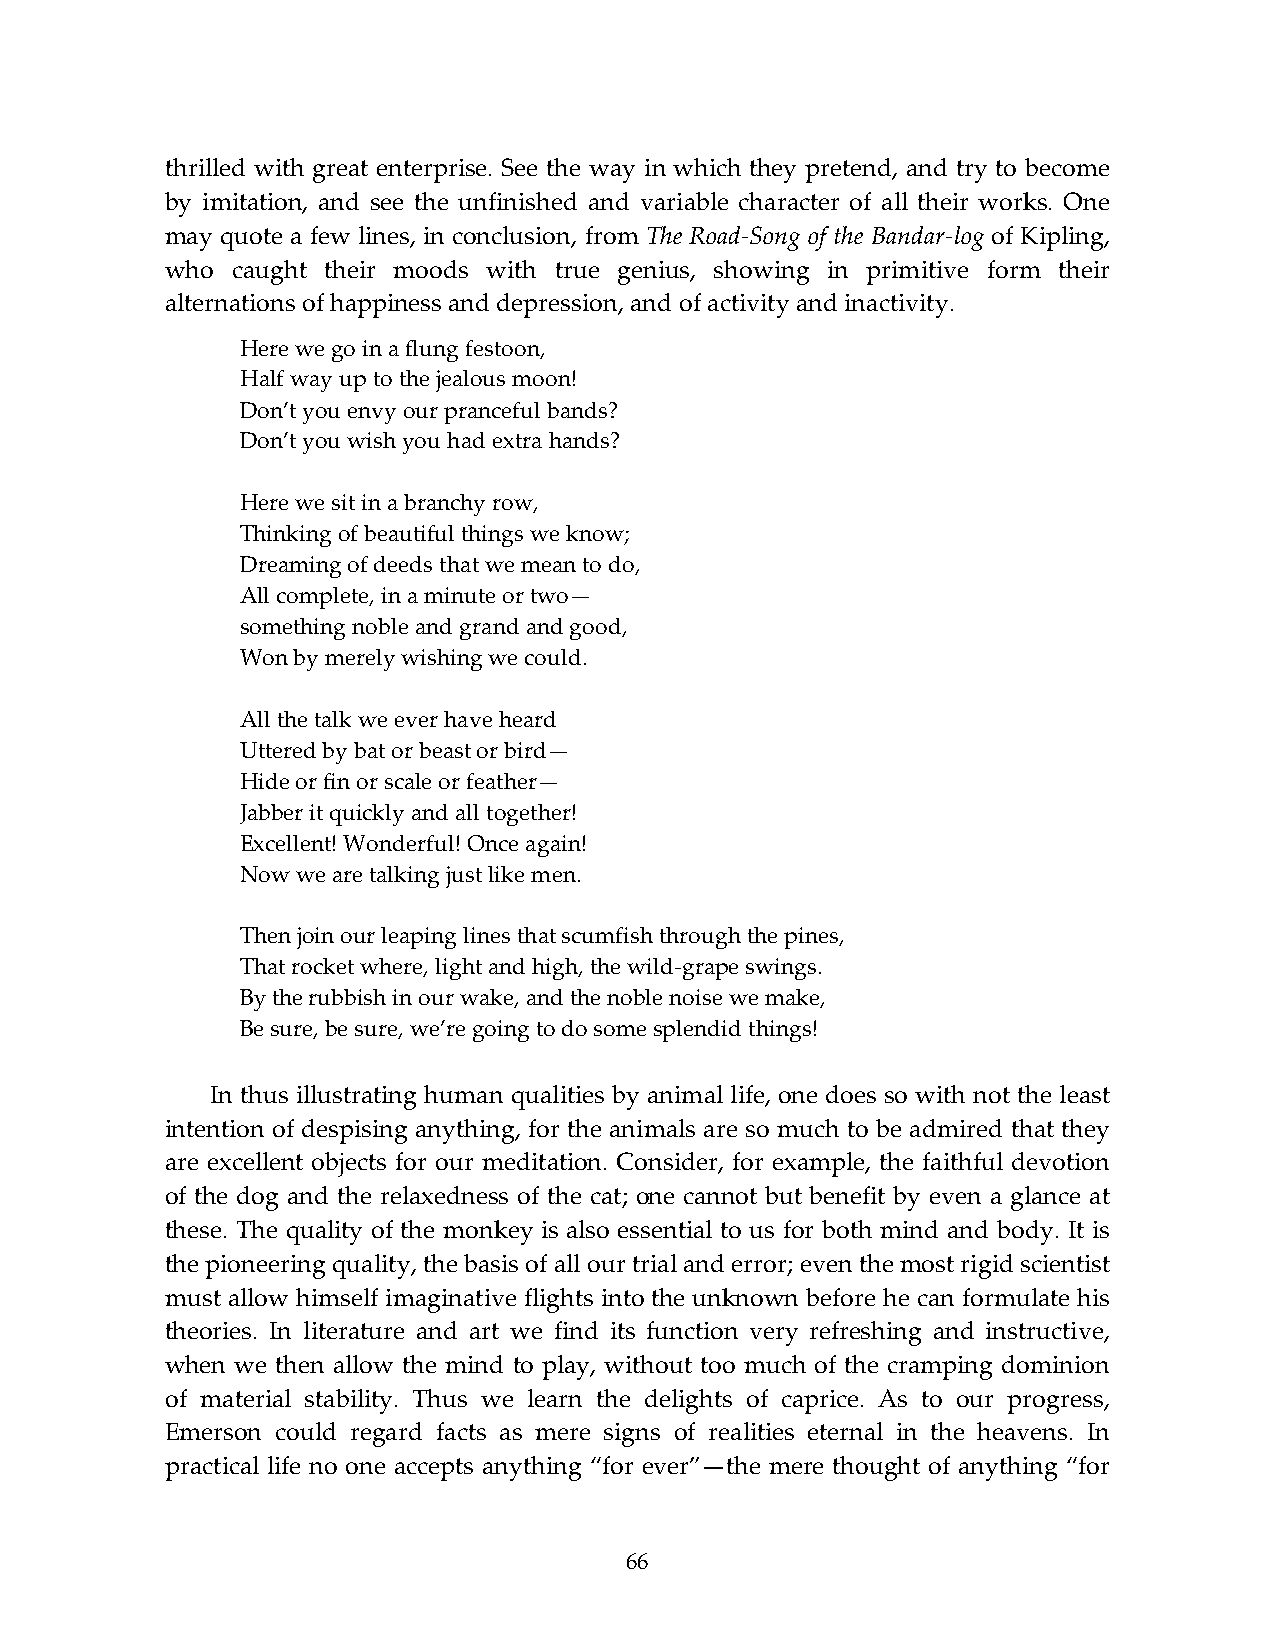
thrilled with great enterprise. See the way in which they pretend, and try to become
 by imitation, and see the unfinished and variable character of all their works. One
 may quote a few lines, in conclusion, from The Road-Song of the Bandar-log of Kipling,
 who caught their moods with true genius, showing in primitive form their
 alternations of happiness and depression, and of activity and inactivity.
 Here we go in a flung festoon,
 Half way up to the jealous moon!
 Don’t you envy our pranceful bands?
 Don’t you wish you had extra hands?
 Here we sit in a branchy row,
 Thinking of beautiful things we know;
 Dreaming of deeds that we mean to do,
 All complete, in a minute or two—
 something noble and grand and good,
 Won by merely wishing we could.
 All the talk we ever have heard
 Uttered by bat or beast or bird—
 Hide or fin or scale or feather—
 Jabber it quickly and all together!
 Excellent! Wonderful! Once again!
 Now we are talking just like men.
 Then join our leaping lines that scumfish through the pines,
 That rocket where, light and high, the wild-grape swings.
 Ву the rubbish in our wake, and the noble noise we make,
 Be sure, be sure, we’re going to do some splendid things!
 In thus illustrating human qualities by animal life, one does so with not the least
 intention of despising anything, for the animals are so much to be admired that they
 are excellent objects for our meditation. Consider, for example, the faithful devotion
 of the dog and the relaxedness of the cat; one cannot but benefit by even a glance at
 these. The quality of the monkey is also essential to us for both mind and body. It is
 the pioneering quality, the basis of all our trial and error; even the most rigid scientist
 must allow himself imaginative flights into the unknown before he can formulate his
 theories. In literature and art we find its function very refreshing and instructive,
 when we then allow the mind to play, without too much of the cramping dominion
 of material stability. Thus we learn the delights of caprice. As to our progress,
 Emerson could regard facts as mere signs of realities eternal in the heavens. In
 practical life no one accepts anything “for ever”—the mere thought of anything “for
 66